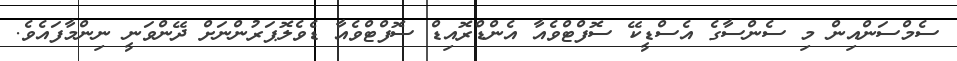
ސެމްސަންއިން މި ސެންސާގެ އެސްޑީކޭ ސޮފްޓްވެއާ އެންޑްރޮއިޑް ސޮފްޓްވެއާ ޑެވެލޮޕަރުންނަށް ދޭންވަނީ ނިންމާފައެވެ.